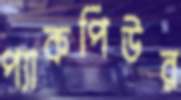
প্যাকপিউর